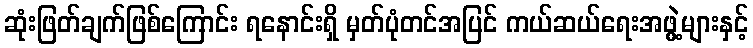
ဆုံးဖြတ်ချက်ဖြစ်ကြောင်း ရနောင်းရှိ မှတ်ပုံတင်အပြင် ကယ်ဆယ်ရေးအဖွဲ့များနှင့်